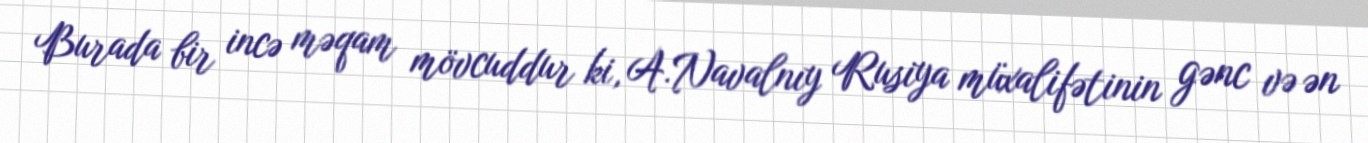
Burada bir incə məqam mövcuddur ki, A.Navalnıy Rusiya müxalifətinin gənc və ən